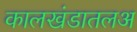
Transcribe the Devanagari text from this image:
कालखंडातलअ